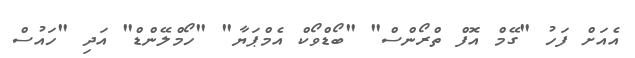
އެއަށް ފަހު "ގޭމް އޮފް ތްރޯންސް" "ބޯޑްވޯކް އެމްޕަޔާ" "ހޯމްލޭންޑް" އަދި "ހައުސް